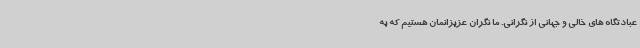
عبادتگاه های خالی و جهانی از نگرانی. ما نگران عزیزانمان هستیم که به